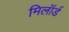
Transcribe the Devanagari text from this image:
मिलॉर्ड